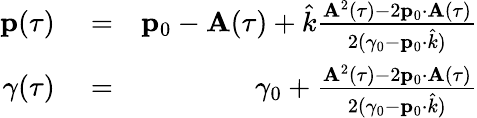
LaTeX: \begin{array}{rlr}{{\mathbf p}(\tau)}&{{}=}&{{\mathbf p}_{0}-{\mathbf A}(\tau)+\hat{k}\frac{{\mathbf A}^{2}(\tau)-2{\mathbf p}_{0}\cdot{\mathbf A}(\tau)}{2(\gamma_{0}-{\mathbf p}_{0}\cdot\hat{k})}}\\ {\gamma(\tau)}&{{}=}&{\gamma_{0}+\frac{{\mathbf A}^{2}(\tau)-2{\mathbf p}_{0}\cdot{\mathbf A}(\tau)}{2(\gamma_{0}-{\mathbf p}_{0}\cdot\hat{k})}}\end{array}